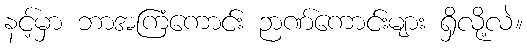
နင့်မှာ ဘာအကြံကောင်း ဉာဏ်ကောင်းများ ရှိလို့လဲ။